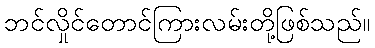
ဘင်လှိုင်တောင်ကြားလမ်းတို့ဖြစ်သည်။